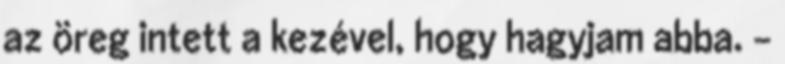
az öreg intett a kezével, hogy hagyjam abba. -